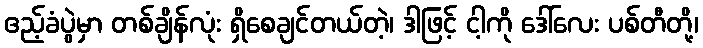
ဧည့်ခံပွဲမှာ တစ်ချိန်လုံး ရှိစေချင်တယ်တဲ့၊ ဒါဖြင့် ငါ့ကို ဒေါ်လေး ပစ်တီတို့၊